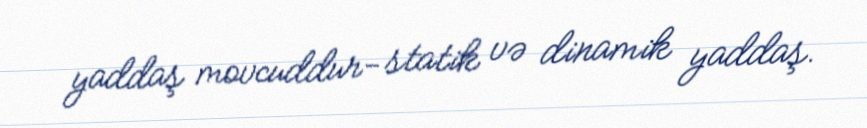
yaddaş movcuddur- statik və dinamik yaddaş.